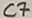
Text: C7